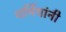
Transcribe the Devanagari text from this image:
धर्मियांनी